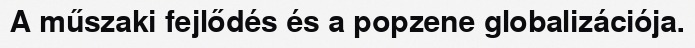
A műszaki fejlődés és a popzene globalizációja.